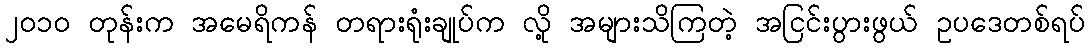
၂၀၁၀ တုန်းက အမေရိကန် တရားရုံးချုပ်က လို့ အများသိကြတဲ့ အငြင်းပွားဖွယ် ဥပဒေတစ်ရပ်